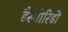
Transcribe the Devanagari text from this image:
डैस्योरिडों